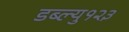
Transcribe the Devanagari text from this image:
डब्ल्यु१२३